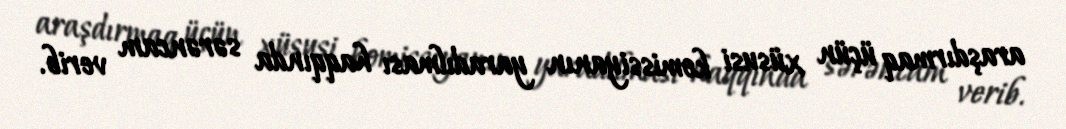
araşdırmaq üçün xüsusi komissiyanın yaradılması haqqında sərəncam verib.